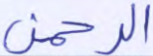
الرحمن